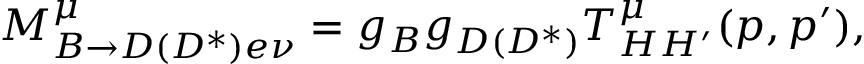
M _ { B \to D ( D ^ { * } ) e \nu } ^ { \mu } = g _ { B } g _ { D ( D ^ { * } ) } T _ { H H ^ { \prime } } ^ { \mu } ( p , p ^ { \prime } ) ,